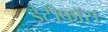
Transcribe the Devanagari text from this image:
डेटीफाॅस